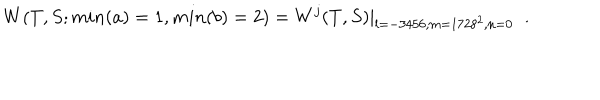
W ( T , S ; m i n ( a ) = 1 , m i n ( b ) = 2 ) = W ^ { j } ( T , S ) | _ { l = - 3 4 5 6 , m = 1 7 2 8 ^ { 2 } , n = 0 } \; \; .